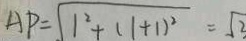
A P = \sqrt { 1 ^ { 2 } + ( 1 + 1 ) ^ { 2 } } = \sqrt { 2 }